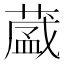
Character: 𮐺